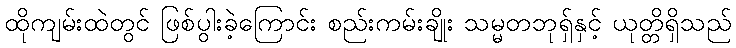
ထိုကျမ်းထဲတွင် ဖြစ်ပွါးခဲ့ကြောင်း စည်းကမ်းချိုး သမ္မတဘုရှ်နှင့် ယုတ္တိရှိသည်